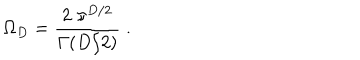
LaTeX: \Omega _ { { D } } = \frac { 2 \; \pi ^ { { D } / 2 } } { \Gamma ( D / 2 ) } \; .